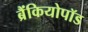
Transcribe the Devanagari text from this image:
ब्रैंकियोपॉड